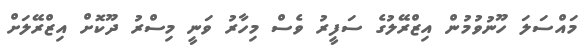
މައްސަލަ ހޫނުވުމުން އިޒްރޭލުގެ ސަފީރު ވެސް މިހާރު ވަނީ މިސްރު ދޫކޮށް އިޒްރޭލަށް